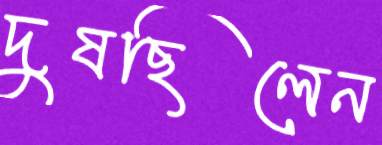
দুষছিলেন